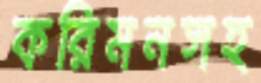
করিমনসহ